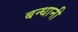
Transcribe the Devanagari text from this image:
बन्धानी